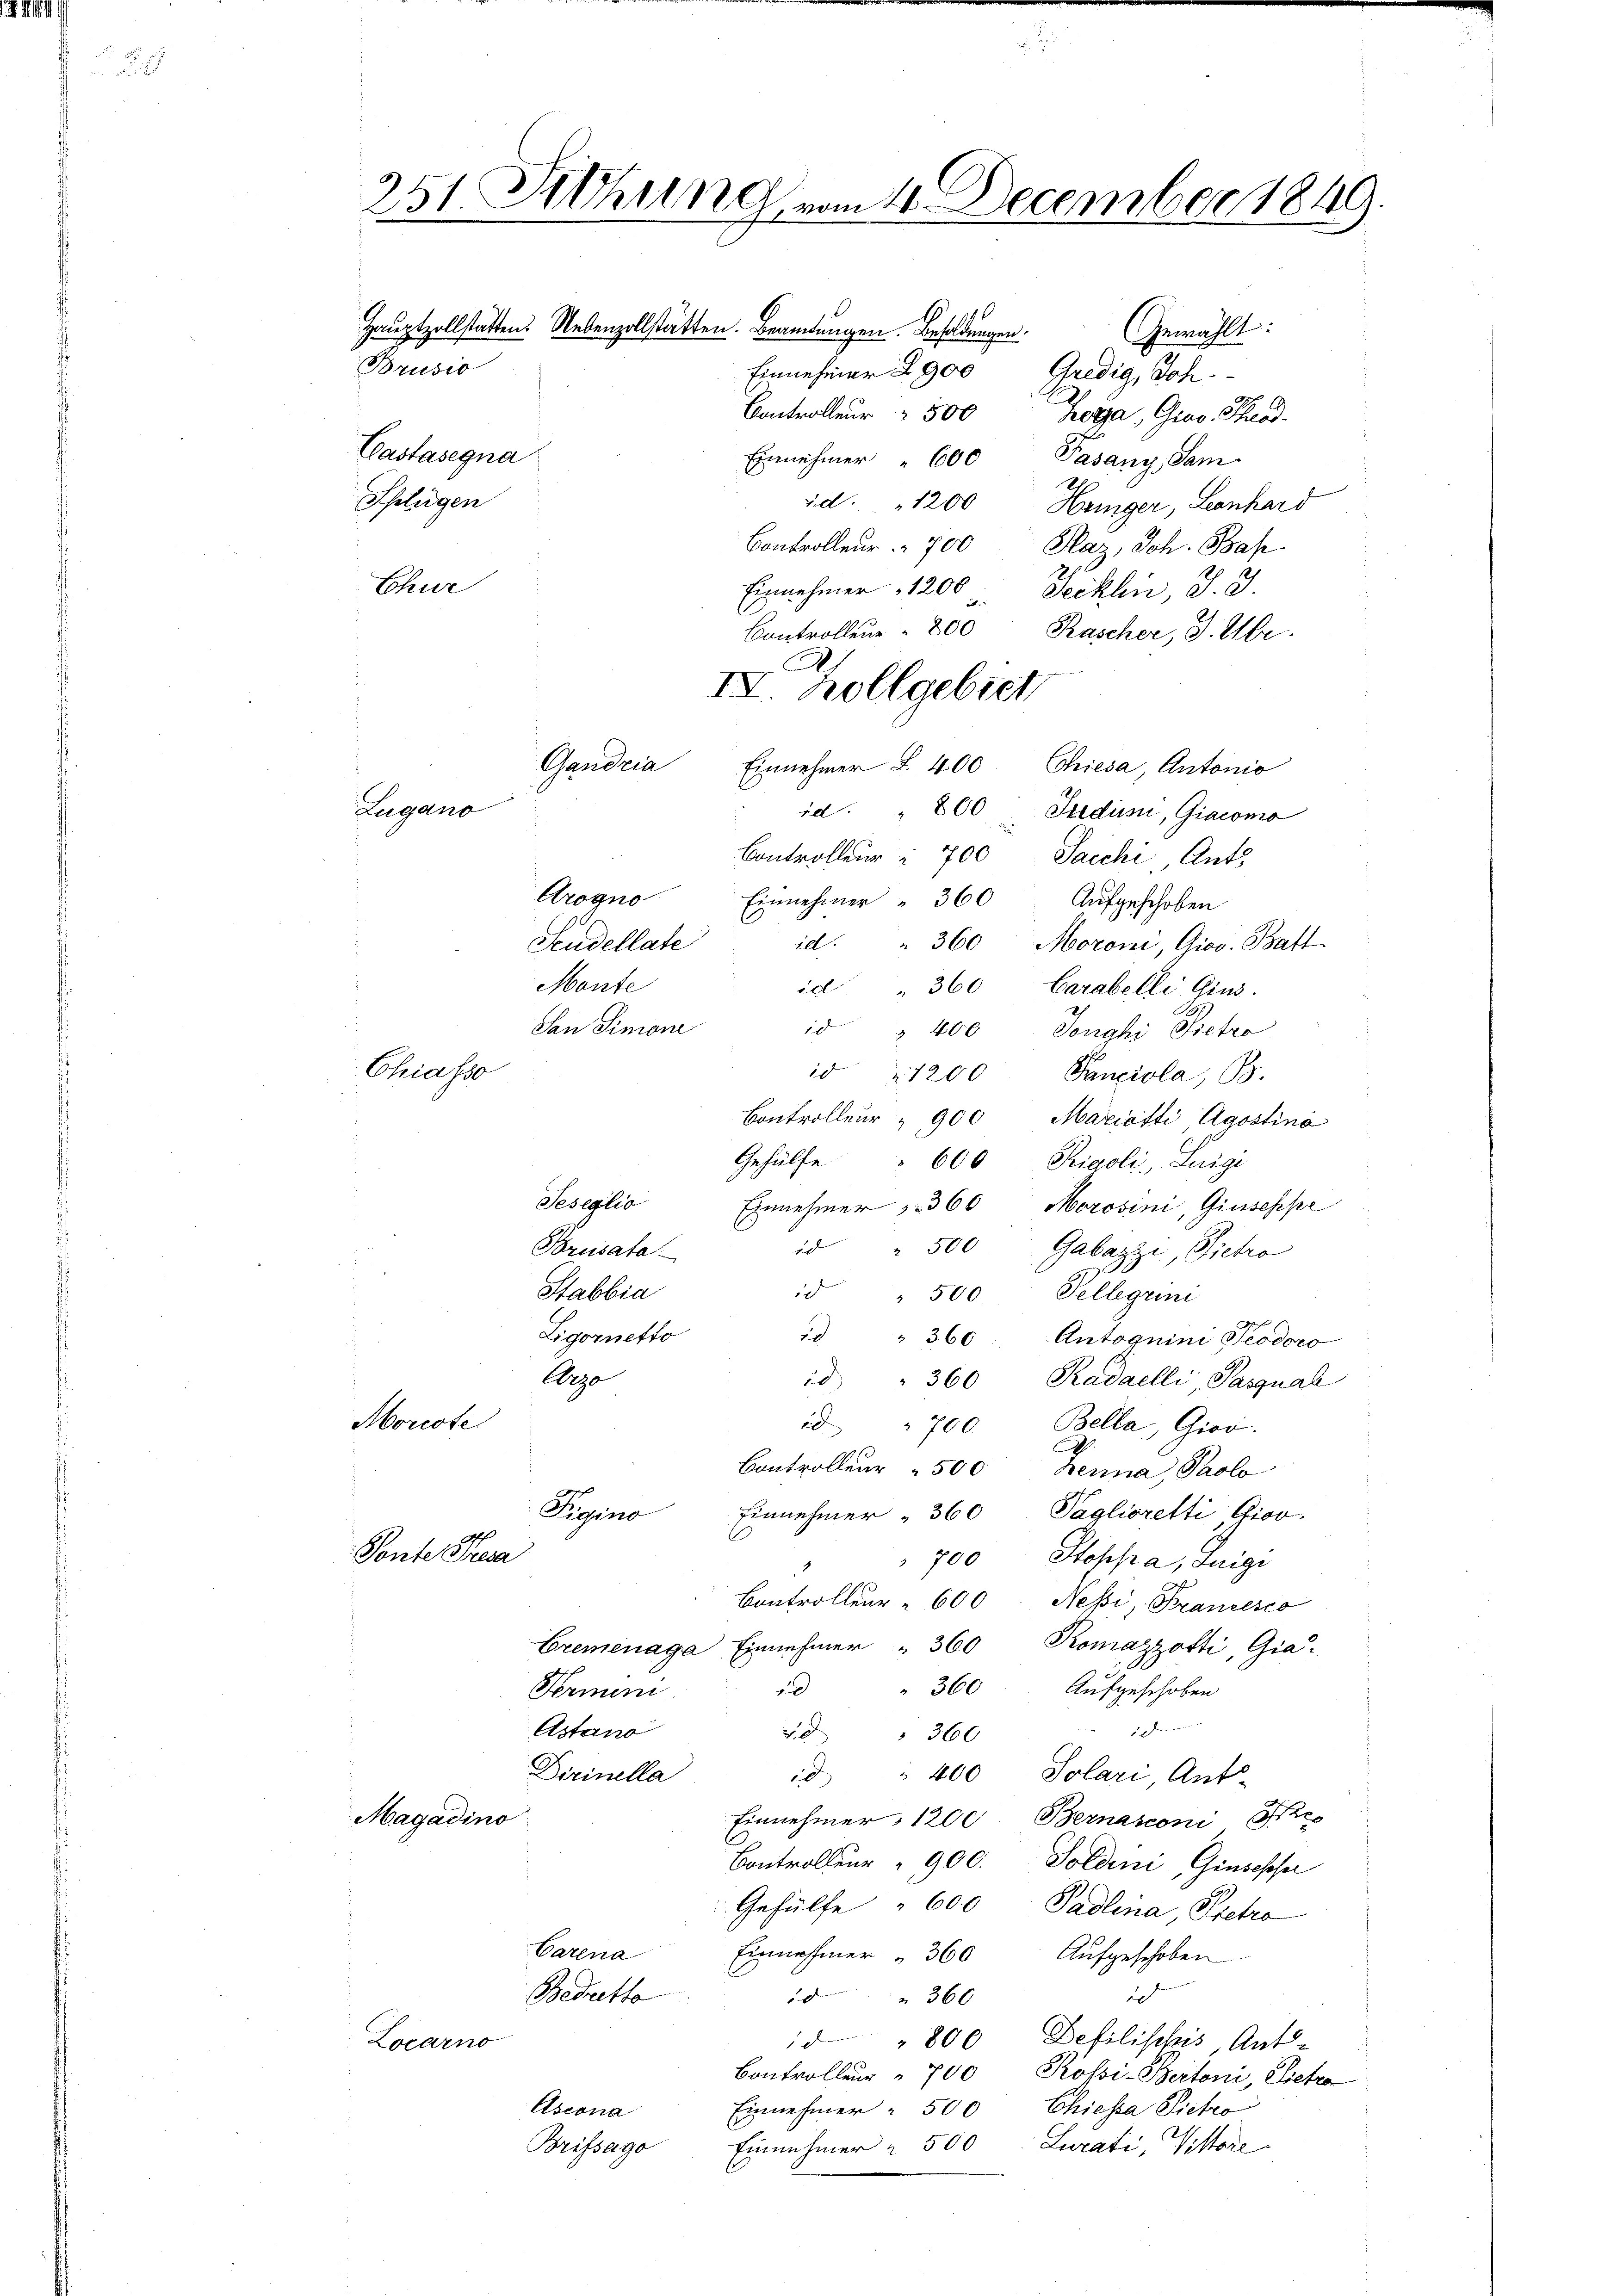
251. Siehung vom 4. December 1849
S. 140
Gewählt:
Brusio
Einnehmer 2900 Guldig, Joh.
Controlleur 500 Zoga, Giov. Theod
Castasegna
Einnehmer " 600 Pasany, Sam
Splügen
id. " 1200 Hunger, Leonhard
Controlleur. 700 Plaz, Joh. Bas

Chur
Einnehmer 1200 Jecklin, J. J.
Controllen 300 Rascher, J. Ubr.
.
Einnehmer I 400 Chiesa, Antonio
id. " 800 Sudini, Giacomo
Controlleur à 700 Sacchi, Ant
Arogno
Einnehmer " 360 Aufgeschoben
id. " 360 Moroni, Gios. Batt
Scudellate
Monte
id " 360 Carabelli Gins.
San Simoni
id " 400. Tonghi Pietro
Chiasso
 1200 Panciola, B.
Controller " 900 Mariatti Agostiné
Gehülfe " 600 Rigoli, Luigi
Seseglio
Einnehmer " 360 Morosini, Giuseppe
d
" 500 Gabazzi, Pietro
Bruisata
Stabbia
500 Pellegrini
Ligornetto
360
Antoguini Peodoro
Argo
360 Kadaelli, Pasqual
Morcote
i
Bella, Giov.
700
.
Controller " 500 Benna Paolo
Pasino
Einnehmer " 360 Taglioretti Giov
A
Ponte Fresa
700 Stoppa, Luigi
Controlleur " 600 Nessi, Francesco
Cremenaga Einnehmer " 360 Komazzotti, Gia
360
1
Aufgeschoben
Fermini
. Ehe eine
Astano
x
360
Dirinella
d " 400 Solari, Ant-
Magadino
Einnehmer 1200 Bernasconi e
Controlleur " 900. Soldini, Ginsesse
Gehülfe " 600 Padlina, Tretro
Carena
Einnahmer " 360 Aufgeschoben
Bedretto
" 360
d
 " 800 Defilisches Ant¬
Locarno
Controller " 700 Rossi-Bertoni, Pietro
Ascona
Einnehmer " 500 Chiessa Pietro
Brifsago Einnehmer 2 500 Lweati, Vittore

Gandria
Lugano

Haŭptzollstatten Nebenzollstatten. Beamtungen. Besoldungen

IV. Zollgebiet